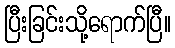
ပြီးခြင်းသို့ရောက်ပြီ။